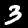
Label: 3